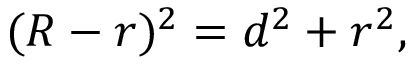
( R - r ) ^ { 2 } = d ^ { 2 } + r ^ { 2 } ,